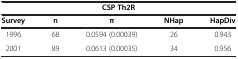
<table><thead><tr><td colspan="5"><b>CSP Th2R</b></td></tr><tr><td><b>Survey</b></td><td><b>n</b></td><td><b>π</b></td><td><b>NHap</b></td><td><b>HapDiv</b></td></tr></thead><tbody><tr><td>1996</td><td>68</td><td>0.0594 (0.00039)</td><td>26</td><td>0.943</td></tr><tr><td>2001</td><td>89</td><td>0.0613 (0.00035)</td><td>34</td><td>0.956</td></tr></tbody></table>